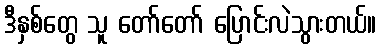
ဒီနှစ်တွေ သူ တော်တော် ပြောင်းလဲသွားတယ်။